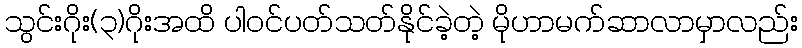
သွင်းဂိုး(၃)ဂိုးအထိ ပါဝင်ပတ်သတ်နိုင်ခဲ့တဲ့ မိုဟာမက်ဆာလာမှာလည်း